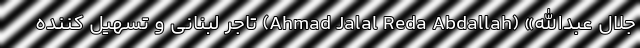
جلال عبدالله» (Ahmad Jalal Reda Abdallah) تاجر لبنانی و تسهیل کننده